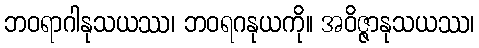
ဘဝရာဂါနုသယဿ၊ ဘဝရဂနုယကို။ အဝိဇ္ဇာနုသယဿ၊